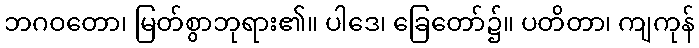
ဘဂဝတော၊ မြတ်စွာဘုရား၏။ ပါဒေ၊ ခြေတော်၌။ ပတိတာ၊ ကျကုန်